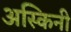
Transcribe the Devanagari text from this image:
अस्किनी